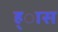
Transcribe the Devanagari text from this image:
ह्ास